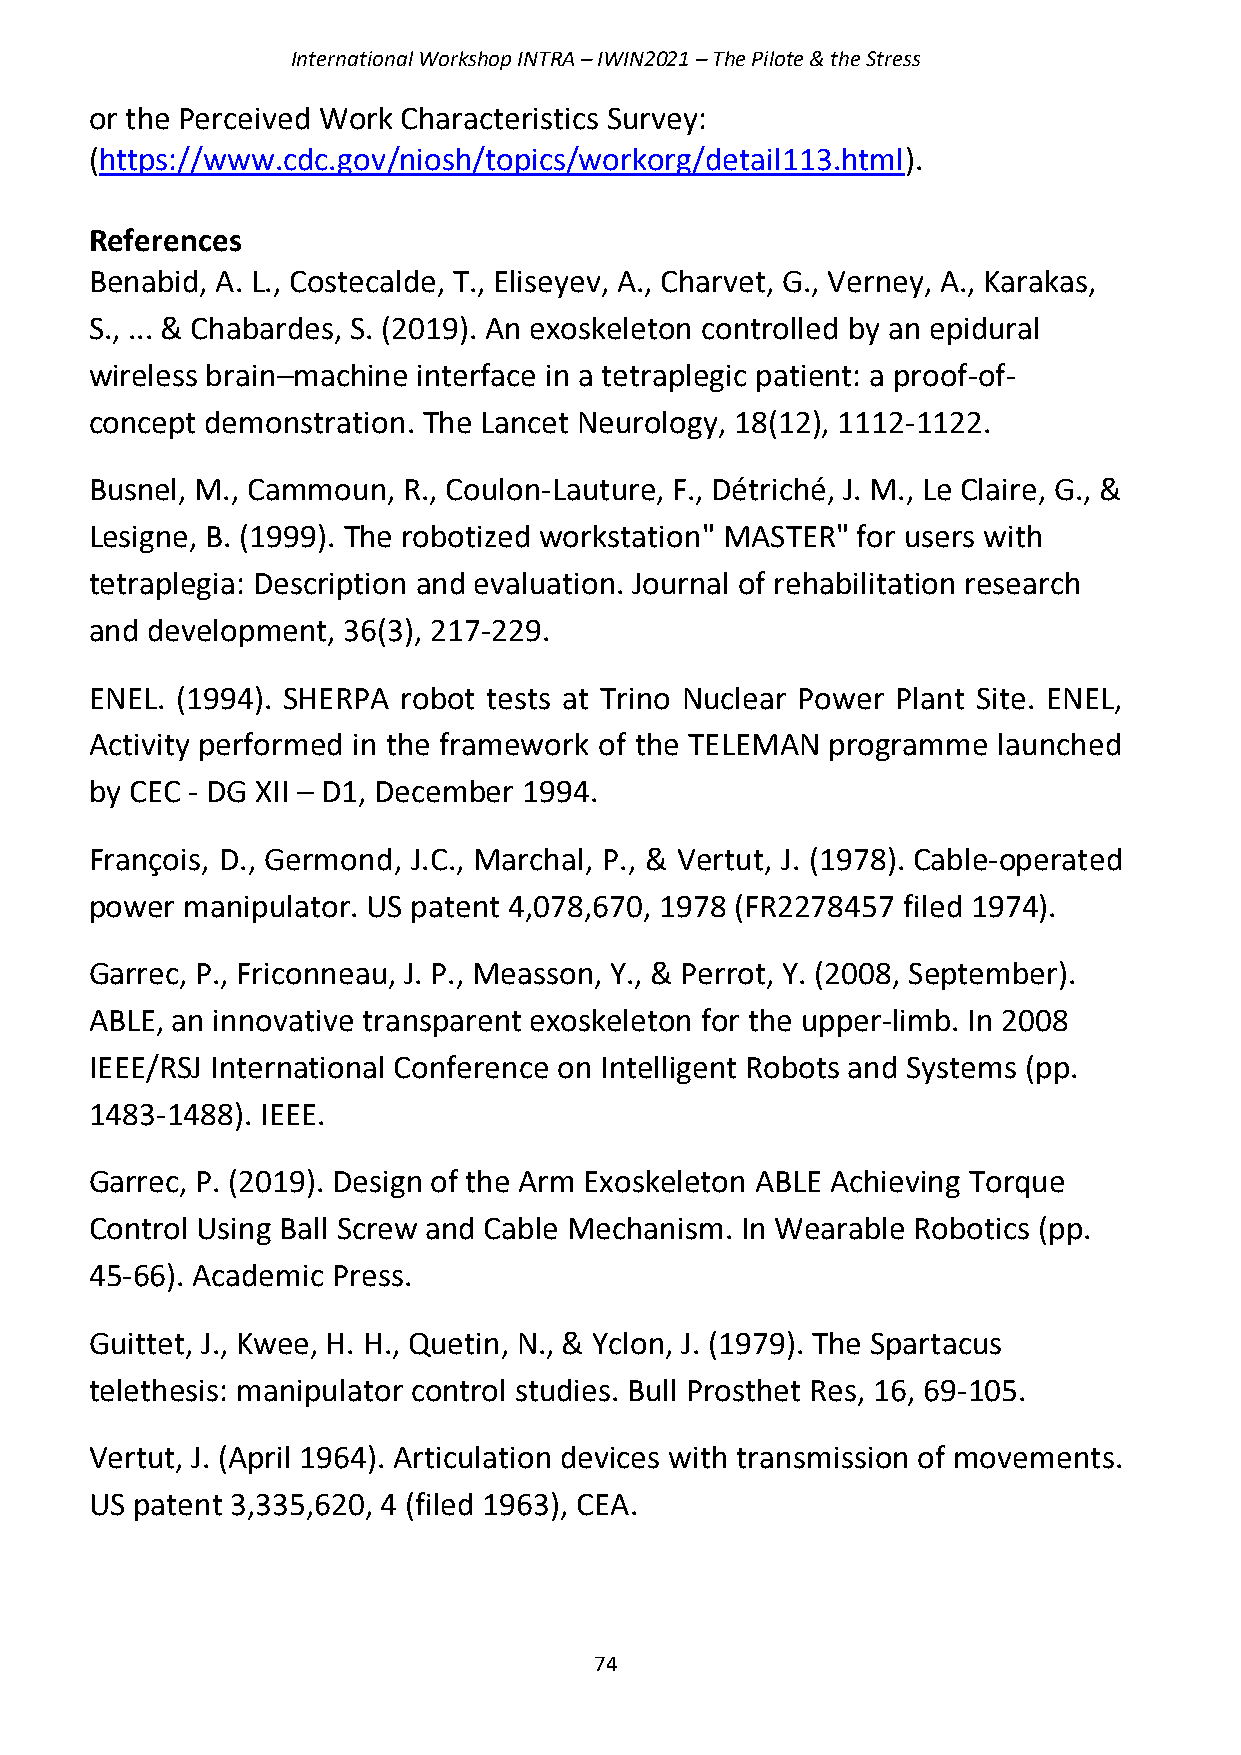
International Workshop INTRA – IWIN2021 – The Pilote & the Stress
 or the Perceived Work Characteristics Survey:
 (https://www.cdc.gov/niosh/topics/workorg/detail113.html).
 References
 Benabid, A. L., Costecalde, T., Eliseyev, A., Charvet, G., Verney, A., Karakas,
 S., ... & Chabardes, S. (2019). An exoskeleton controlled by an epidural
 wireless brain–machine interface in a tetraplegic patient: a proof-of-
 concept demonstration. The Lancet Neurology, 18(12), 1112-1122.
 Busnel, M., Cammoun, R., Coulon-Lauture, F., Détriché, J. M., Le Claire, G., &
 Lesigne, B. (1999). The robotized workstation" MASTER" for users with
 tetraplegia: Description and evaluation. Journal of rehabilitation research
 and development, 36(3), 217-229.
 ENEL. (1994). SHERPA robot tests at Trino Nuclear Power Plant Site. ENEL,
 Activity performed in the framework of the TELEMAN programme launched
 by CEC - DG XII – D1, December 1994.
 François, D., Germond, J.C., Marchal, P., & Vertut, J. (1978). Cable-operated
 power manipulator. US patent 4,078,670, 1978 (FR2278457 filed 1974).
 Garrec, P., Friconneau, J. P., Measson, Y., & Perrot, Y. (2008, September).
 ABLE, an innovative transparent exoskeleton for the upper-limb. In 2008
 IEEE/RSJ International Conference on Intelligent Robots and Systems (pp.
 1483-1488). IEEE.
 Garrec, P. (2019). Design of the Arm Exoskeleton ABLE Achieving Torque
 Control Using Ball Screw and Cable Mechanism. In Wearable Robotics (pp.
 45-66). Academic Press.
 Guittet, J., Kwee, H. H., Quetin, N., & Yclon, J. (1979). The Spartacus
 telethesis: manipulator control studies. Bull Prosthet Res, 16, 69-105.
 Vertut, J. (April 1964). Articulation devices with transmission of movements.
 US patent 3,335,620, 4 (filed 1963), CEA.
 74